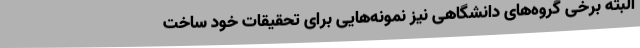
البته برخی گروه‌های دانشگاهی نیز نمونه‌هایی برای تحقیقات خود ساخت